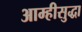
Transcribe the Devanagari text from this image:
आम्हीसुद्धा